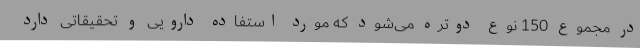
در مجموع 150 نوع دوتره می‌شود که مورد استفاده دارویی و تحقیقاتی دارد